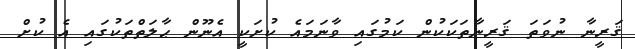
ޤަރީނާ ނުވަތަ ޤަރީނާތަކަކުން ކަމުގައި ވާނަމައެ ކުށަކީ އެނޫން ޙާލަތްތަކުގައި އެ ކުށް